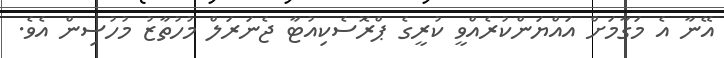
އޭނާ އެ މަގާމަށް އައްޔަންކުރެއްވީ ކުރީގެ ޕްރޮސެކިއުޓާ ޖެނަރަލް މުހުތާޒު މުހުސިން އެވެ.